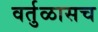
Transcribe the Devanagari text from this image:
वर्तुळासच